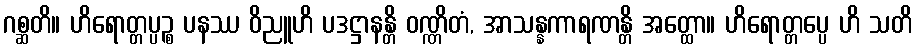
ဂစ္ဆတိ။ ဟိရောတ္တပ္ပဉ္စ ပနဿ ဝိညူဟိ ပဒဋ္ဌာနန္တိ ဝဏ္ဏိတံ, အာသန္နကာရဏန္တိ အတ္ထော။ ဟိရောတ္တပ္ပေ ဟိ သတိ